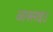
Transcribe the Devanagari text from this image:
आक्साइउ